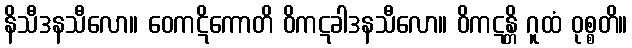
နိသီဒနသီလော။ ဝေကဋိကောတိ ဝိကဋခါဒနသီလော။ ဝိကဋန္တိ ဂူထံ ဝုစ္စတိ။